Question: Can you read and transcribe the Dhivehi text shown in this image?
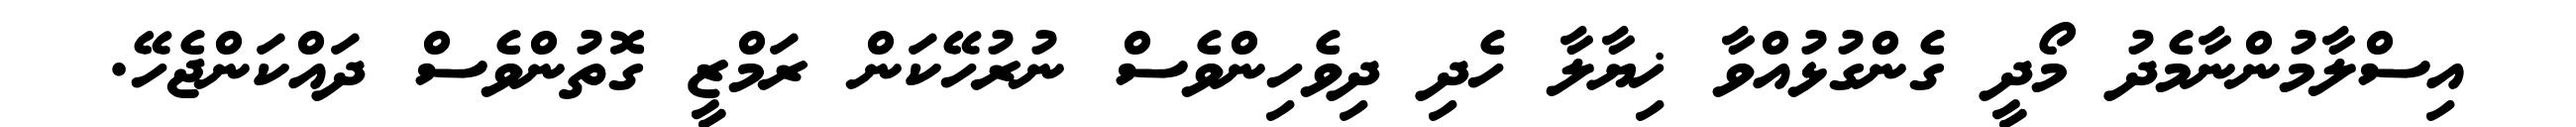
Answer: އިސްލާމުންނާމެދު މޯދީ ގެންގުޅުއްވާ ޚިޔާލާ ހެދި ދިވެހިންވެސް ނުރުހޭކަން ރަމްޒީ ގޮތުންވެސް ދައްކަންޖެހޭ.